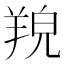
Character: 𦎔